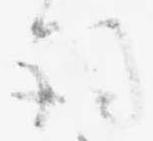
詞